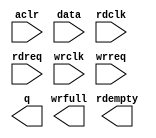
module audio_fifo (
	aclr,
	data,
	rdclk,
	rdreq,
	wrclk,
	wrreq,
	q,
	rdempty,
	wrfull);

	input	  aclr;
	input	[31:0]  data;
	input	  rdclk;
	input	  rdreq;
	input	  wrclk;
	input	  wrreq;
	output	[31:0]  q;
	output	  rdempty;
	output	  wrfull;
`ifndef ALTERA_RESERVED_QIS
// synopsys translate_off
`endif
	tri0	  aclr;
`ifndef ALTERA_RESERVED_QIS
// synopsys translate_on
`endif

endmodule